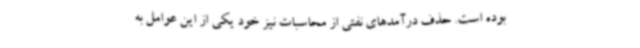
بوده است. حذف درآمدهای نفتی از محاسبات نیز خود یکی از این عوامل به